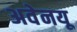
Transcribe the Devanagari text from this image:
अवेनयू